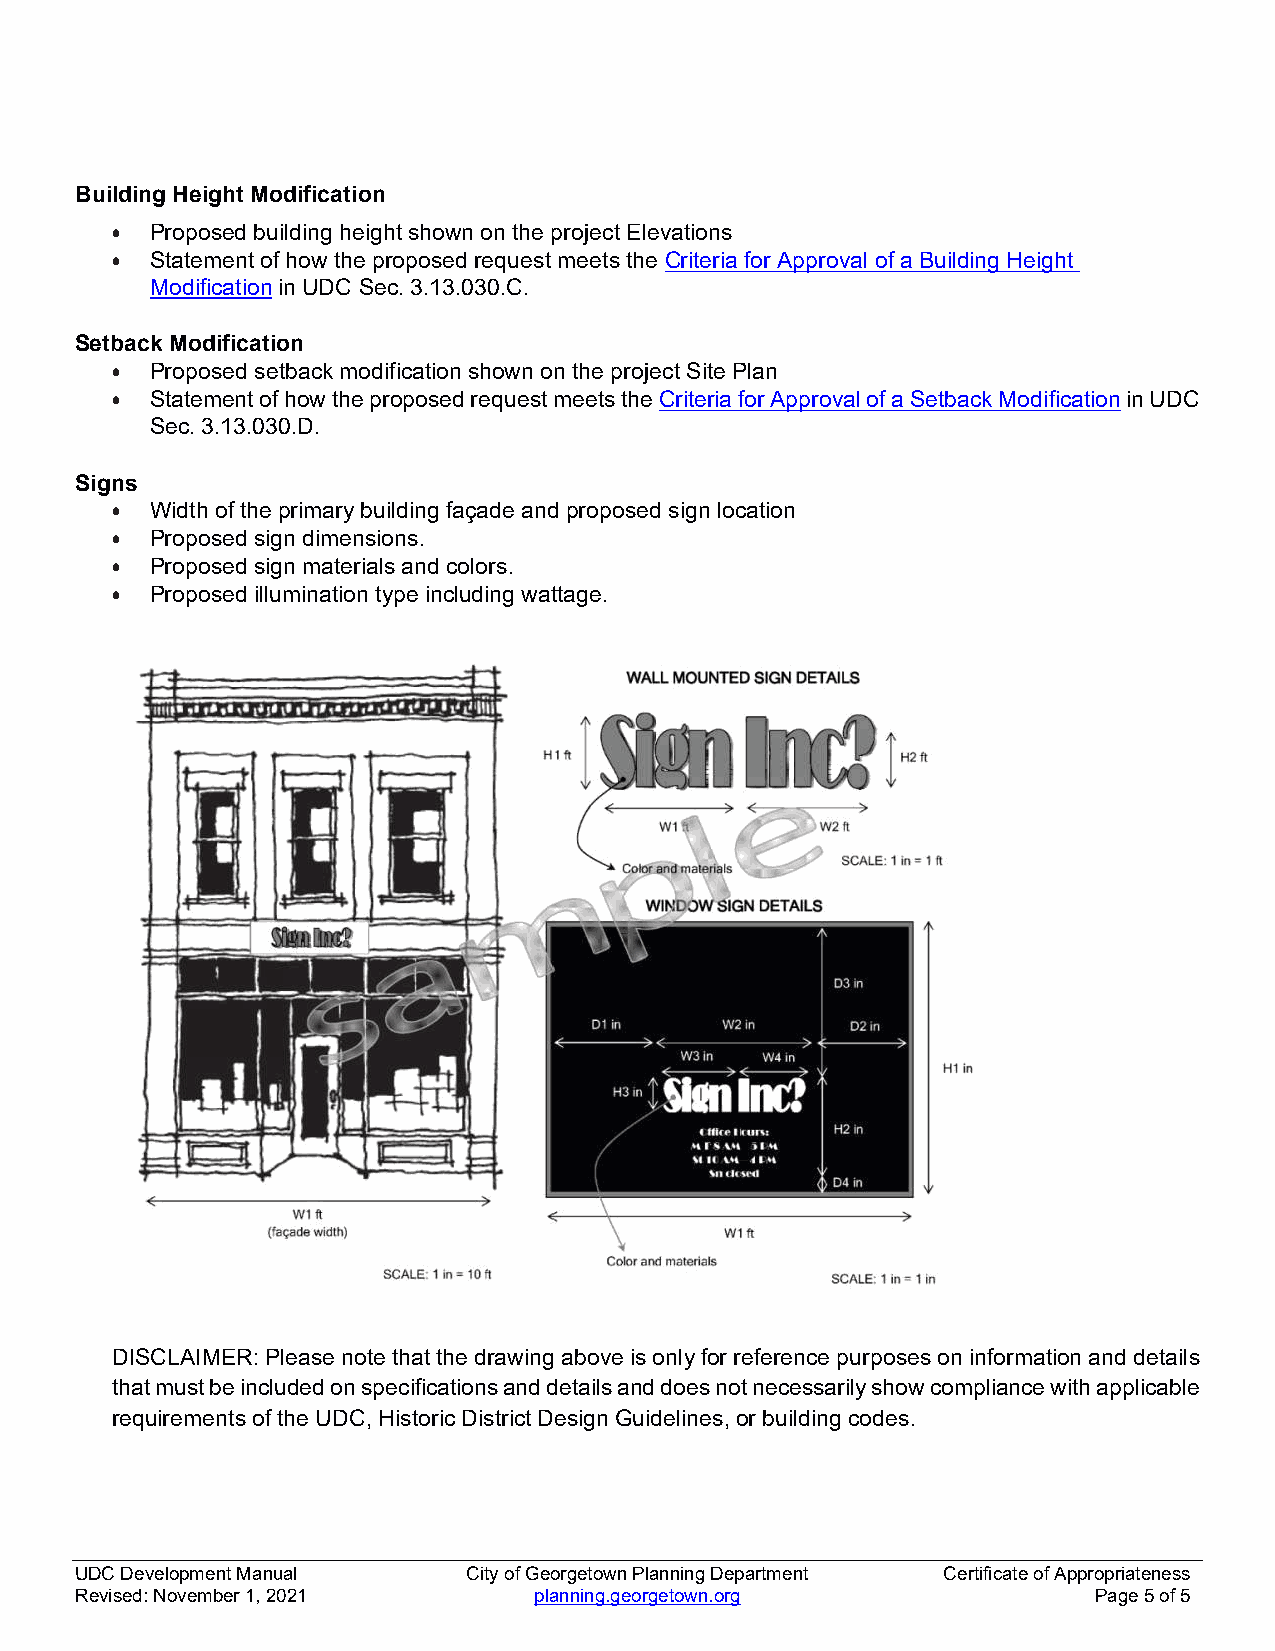
Building Height Modification
   Proposed building height shown on the project Elevations
   Statement of how the proposed request meets the Criteria for Approval of a Building Height
 Modification in UDC Sec. 3.13.030.C.
 Setback Modification
   Proposed setback modification shown on the project Site Plan
   Statement of how the proposed request meets the Criteria for Approval of a Setback Modification in UDC
 Sec. 3.13.030.D.
 Signs
   Width of the primary building façade and proposed sign location
   Proposed sign dimensions.
   Proposed sign materials and colors.
   Proposed illumination type including wattage.
 DISCLAIMER: Please note that the drawing above is only for reference purposes on information and details
 that must be included on specifications and details and does not necessarily show compliance with applicable
 requirements of the UDC, Historic District Design Guidelines, or building codes.
 UDC Development Manual    City of Georgetown Planning Department Certificate of Appropriateness
 Revised: November 1, 2021     planning.georgetown.org              Page 5 of 5